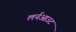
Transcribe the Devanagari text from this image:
लर्नआउट